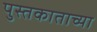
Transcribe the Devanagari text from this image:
पुस्तकाताच्या